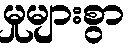
မှုများစွာ